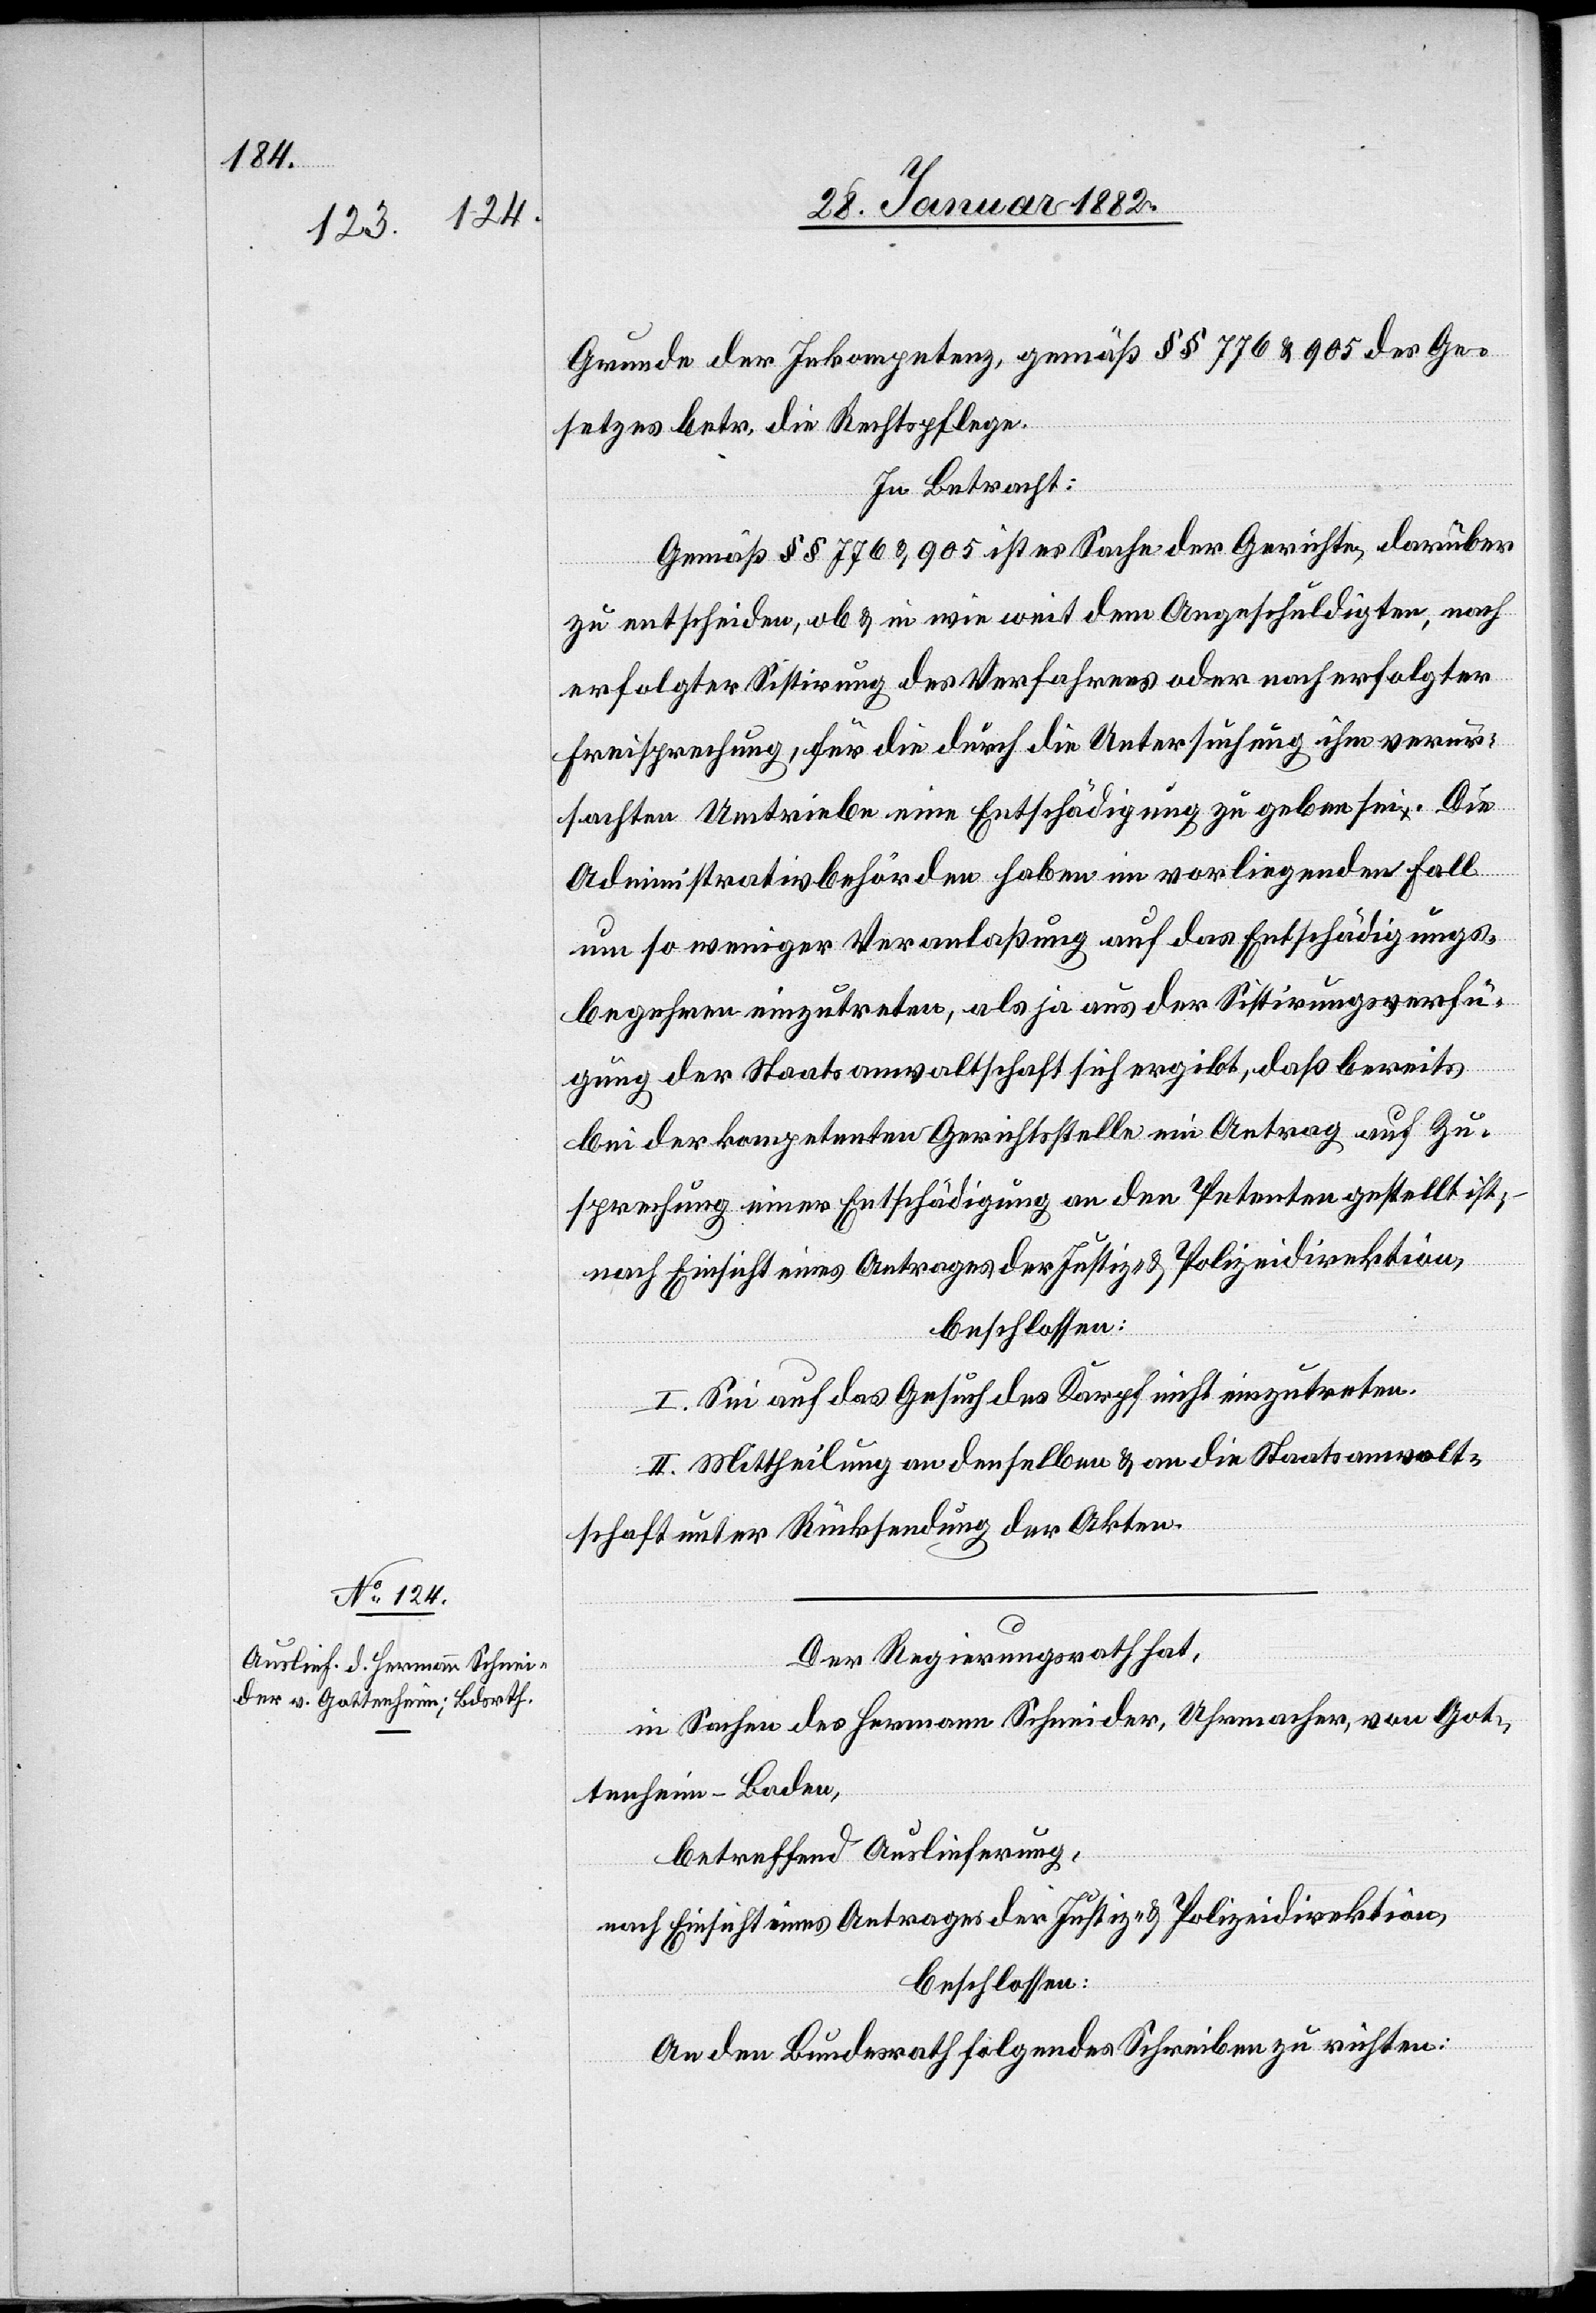
Grunde der Inkompetenz, gemäß §§ 776 & 905 des Ge¬
setzes betr. die Rechtspflege.
In Betracht:
Gemäß §§ 776 & 905 ist es Sache der Gerichte, darüber
zu entscheiden, ob & in wie weit dem Angeschuldigten, nach
erfolgter Sistierung des Verfahrens oder nach erfolgter
Freisprechung, für die durch die Untersuchung ihm verur¬
sachten Umtriebe eine Entschädigung zu geben sei. Die
Administrationsbehörde habe in vorliegendem Fall
um so weniger Veranlaßung auf das Entschädigungs¬
begehren einzutreten, als ja aus der Sistierungsverfü¬
gung der Staatanwaltschaft sich ergibt, daß bereits
bei der kompetenten Gerichtsstelle ein Antrag auf Zu¬
sprechung einer Entschädigung an den Petenten gestellt ist;
nach Einsicht eines Antrages der Justiz-& Polizeidirektion,
beschlossen:
I. Sei auf das Gesuch des Karpf nicht einzutreten.
II. Mittheilung an denselben & an die Staatsanwalt¬
schaft unter Rücksendung der Akten.
Der Regierungsrath hat,
in Sachen des Hermann Schneider, Uhrmacher, von Got¬
tenheim - Baden,
betreffend Auslieferung,
nach Einsicht eines Antrages der Justiz- & Polizeidirektion,
beschlossen:
An den Bundesrath folgendes Schreiben zu richten: